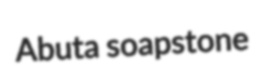
Abuta soapstone